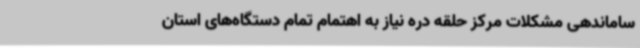
ساماندهی مشکلات مرکز حلقه دره نیاز به اهتمام تمام دستگاه‌های استان